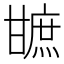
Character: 𤯋